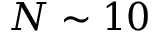
N \sim 1 0